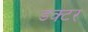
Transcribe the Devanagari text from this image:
डक्टर